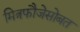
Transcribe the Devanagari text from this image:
मित्रफौजेसोबत